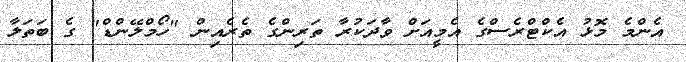
އެންމެ މޮޅު އެކްޓްރެސްގެ އެމީއަށް ވާދަކުރާ ތަރިންގެ ތެރެއިން "ހޯމްލޭންޑް" ގެ ބަތަލާ